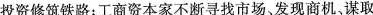
投资修筑铁路；工商资本家不断寻找市场、发现商机、谋取